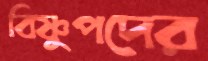
বিষ্ণুপদের